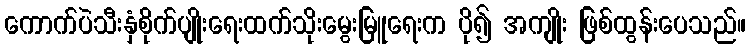
ကောက်ပဲသီးနှံစိုက်ပျိုးရေးထက်သိုးမွေးမြူရေးက ပို၍ အကျိုး ဖြစ်ထွန်းပေသည်။